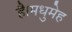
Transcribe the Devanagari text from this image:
है।मधुमेह